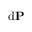
\mathrm { d } \mathbf { P }